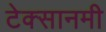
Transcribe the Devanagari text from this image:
टेक्सानमी